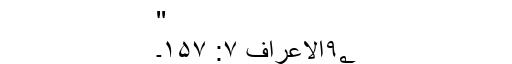
''
۹؂الاعراف ۷: ۱۵۷۔